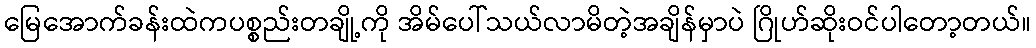
မြေအောက်ခန်းထဲကပစ္စည်းတချို့ကို အိမ်ပေါ်သယ်လာမိတဲ့အချိန်မှာပဲ ဂြိုဟ်ဆိုးဝင်ပါတော့တယ်။